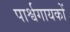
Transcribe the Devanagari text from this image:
पार्श्वगायकों